Indian journal of veterinary science and animal husbandry - Volume 3,
Year: 1933
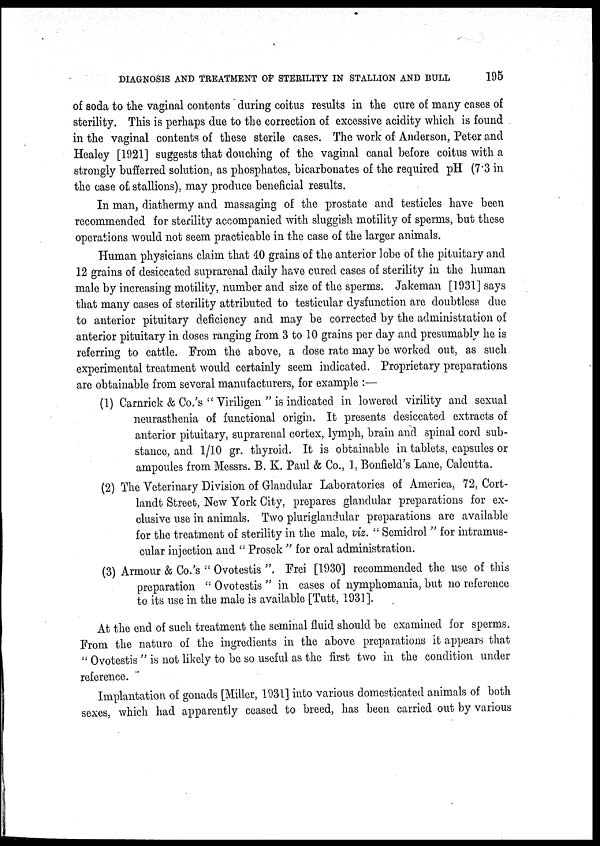
DIAGNOSIS AND TREATMENT OF STERILITY IN STALLION AND BULL
195
of soda to the vaginal contents during coitus results in the cure of many cases of
sterility. This is perhaps due to the correction of excessive acidity which is found
in the vaginal contents of these sterile cases. The work of Anderson, Peter and
Healey [1921] suggests that douching of the vaginal canal before coitus with a
strongly bufferred solution, as phosphates, bicarbonates of the required pH (7.3 in
the case of stallions), may produce beneficial results.
In man, diathermy and massaging of the prostate and testicles have been
recommended for sterility accompanied with sluggish motility of sperms, but these
operations would not seem practicable in the case of the larger animals.
Human physicians claim that 40 grains of the anterior lobe of the pituitary and
12 grains of desiccated suprarenal daily have cured cases of sterility in the human
male by increasing motility, number and size of the sperms. Jakeman [1931] says
that many cases of sterility attributed to testicular dysfunction are doubtless due
to anterior pituitary deficiency and may be corrected by the administration of
anterior pituitary in doses ranging from 3 to 10 grains per day and presumably he is
referring to cattle. From the above, a dose rate may be worked out, as such
experimental treatment would certainly seem indicated. Proprietary preparations
are obtainable from several manufacturers, for example :—
(1) Carnrick & Co.'s " Viriligen " is indicated in lowered virility and sexual
neurasthenia of functional origin. It presents desiccated extracts of
anterior pituitary, suprarenal cortex, lymph, brain and spinal cord sub-
stance, and. 1/10 gr. thyroid. It is obtainable in tablets, capsules or
ampoules from Messrs. B. K. Paul & Co., 1, Bonfield's Lane, Calcutta.
(2) The Veterinary Division of Glandular Laboratories of America, 72, Cort¬
landt Street, New York City, prepares glandular preparations for ex-
clusive use in animals. Two pluriglandular preparations are available
for the treatment of sterility in the male, viz. " Semidrol " for intramus-
cular injection and " Prosek " for oral administration.
(3) Armour & Co.'s " Ovotestis ". Frei [1930] recommended the use of this
preparation " Ovotestis " in cases of nymphomania, but no reference
to its use in the male is available [Tutt, 1931].
At the end of such treatment the seminal fluid should be examined for sperms.
From the nature of the ingredients in the above preparations it appears that
" Ovotestis " is not likely to be so useful as the first two in the condition under
reference.
Implantation of gonads [Miller, 1931] into various domesticated animals of both
sexes, which had apparently ceased to breed, has been carried out by various